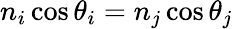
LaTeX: n_{i}\cos\theta_{i}=n_{j}\cos\theta_{j}